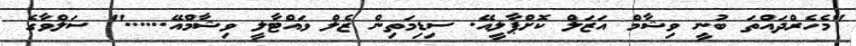
"މެހެރްދައްތަ ބުނީ ވިޝާމް އަޒަލް ކޮށްޕާލީއޭ. ސިޑިމަތިން ޒެލް ވައްޓާލީ ވިޝާމްއޭ......" ސަލްވާގެ